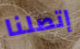
إتصلنا